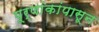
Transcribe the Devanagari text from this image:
पूर्णांकांपासून